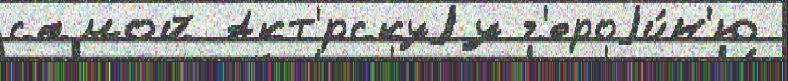
самой Акт'́рскуjу г'ероjи́н'ю